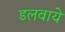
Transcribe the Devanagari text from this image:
डलवाये